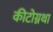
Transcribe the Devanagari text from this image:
कीटोग्नथा